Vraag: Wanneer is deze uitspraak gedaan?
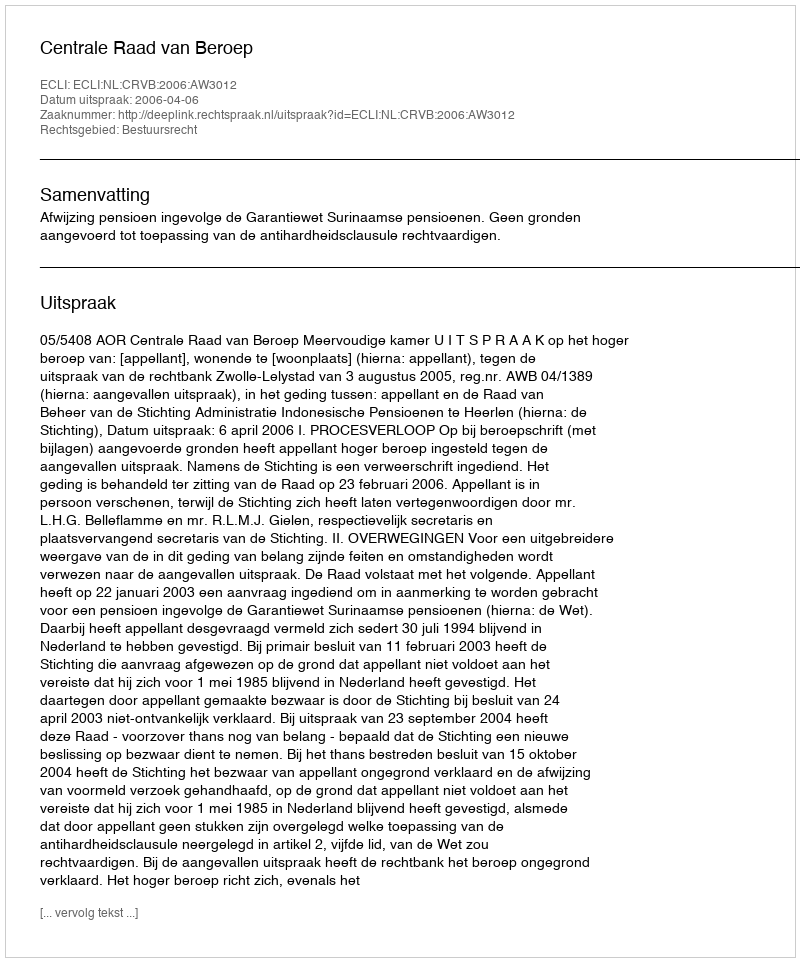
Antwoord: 2006-04-06